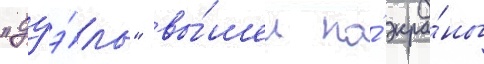
"дуэ́ль" вы́шел на́ экра́ны